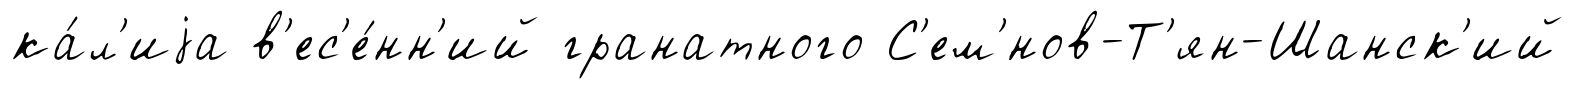
ка́л'иjа в'ес'е́нн'ий гранатного С'ем'́нов-Т'ян-Шанск'ий